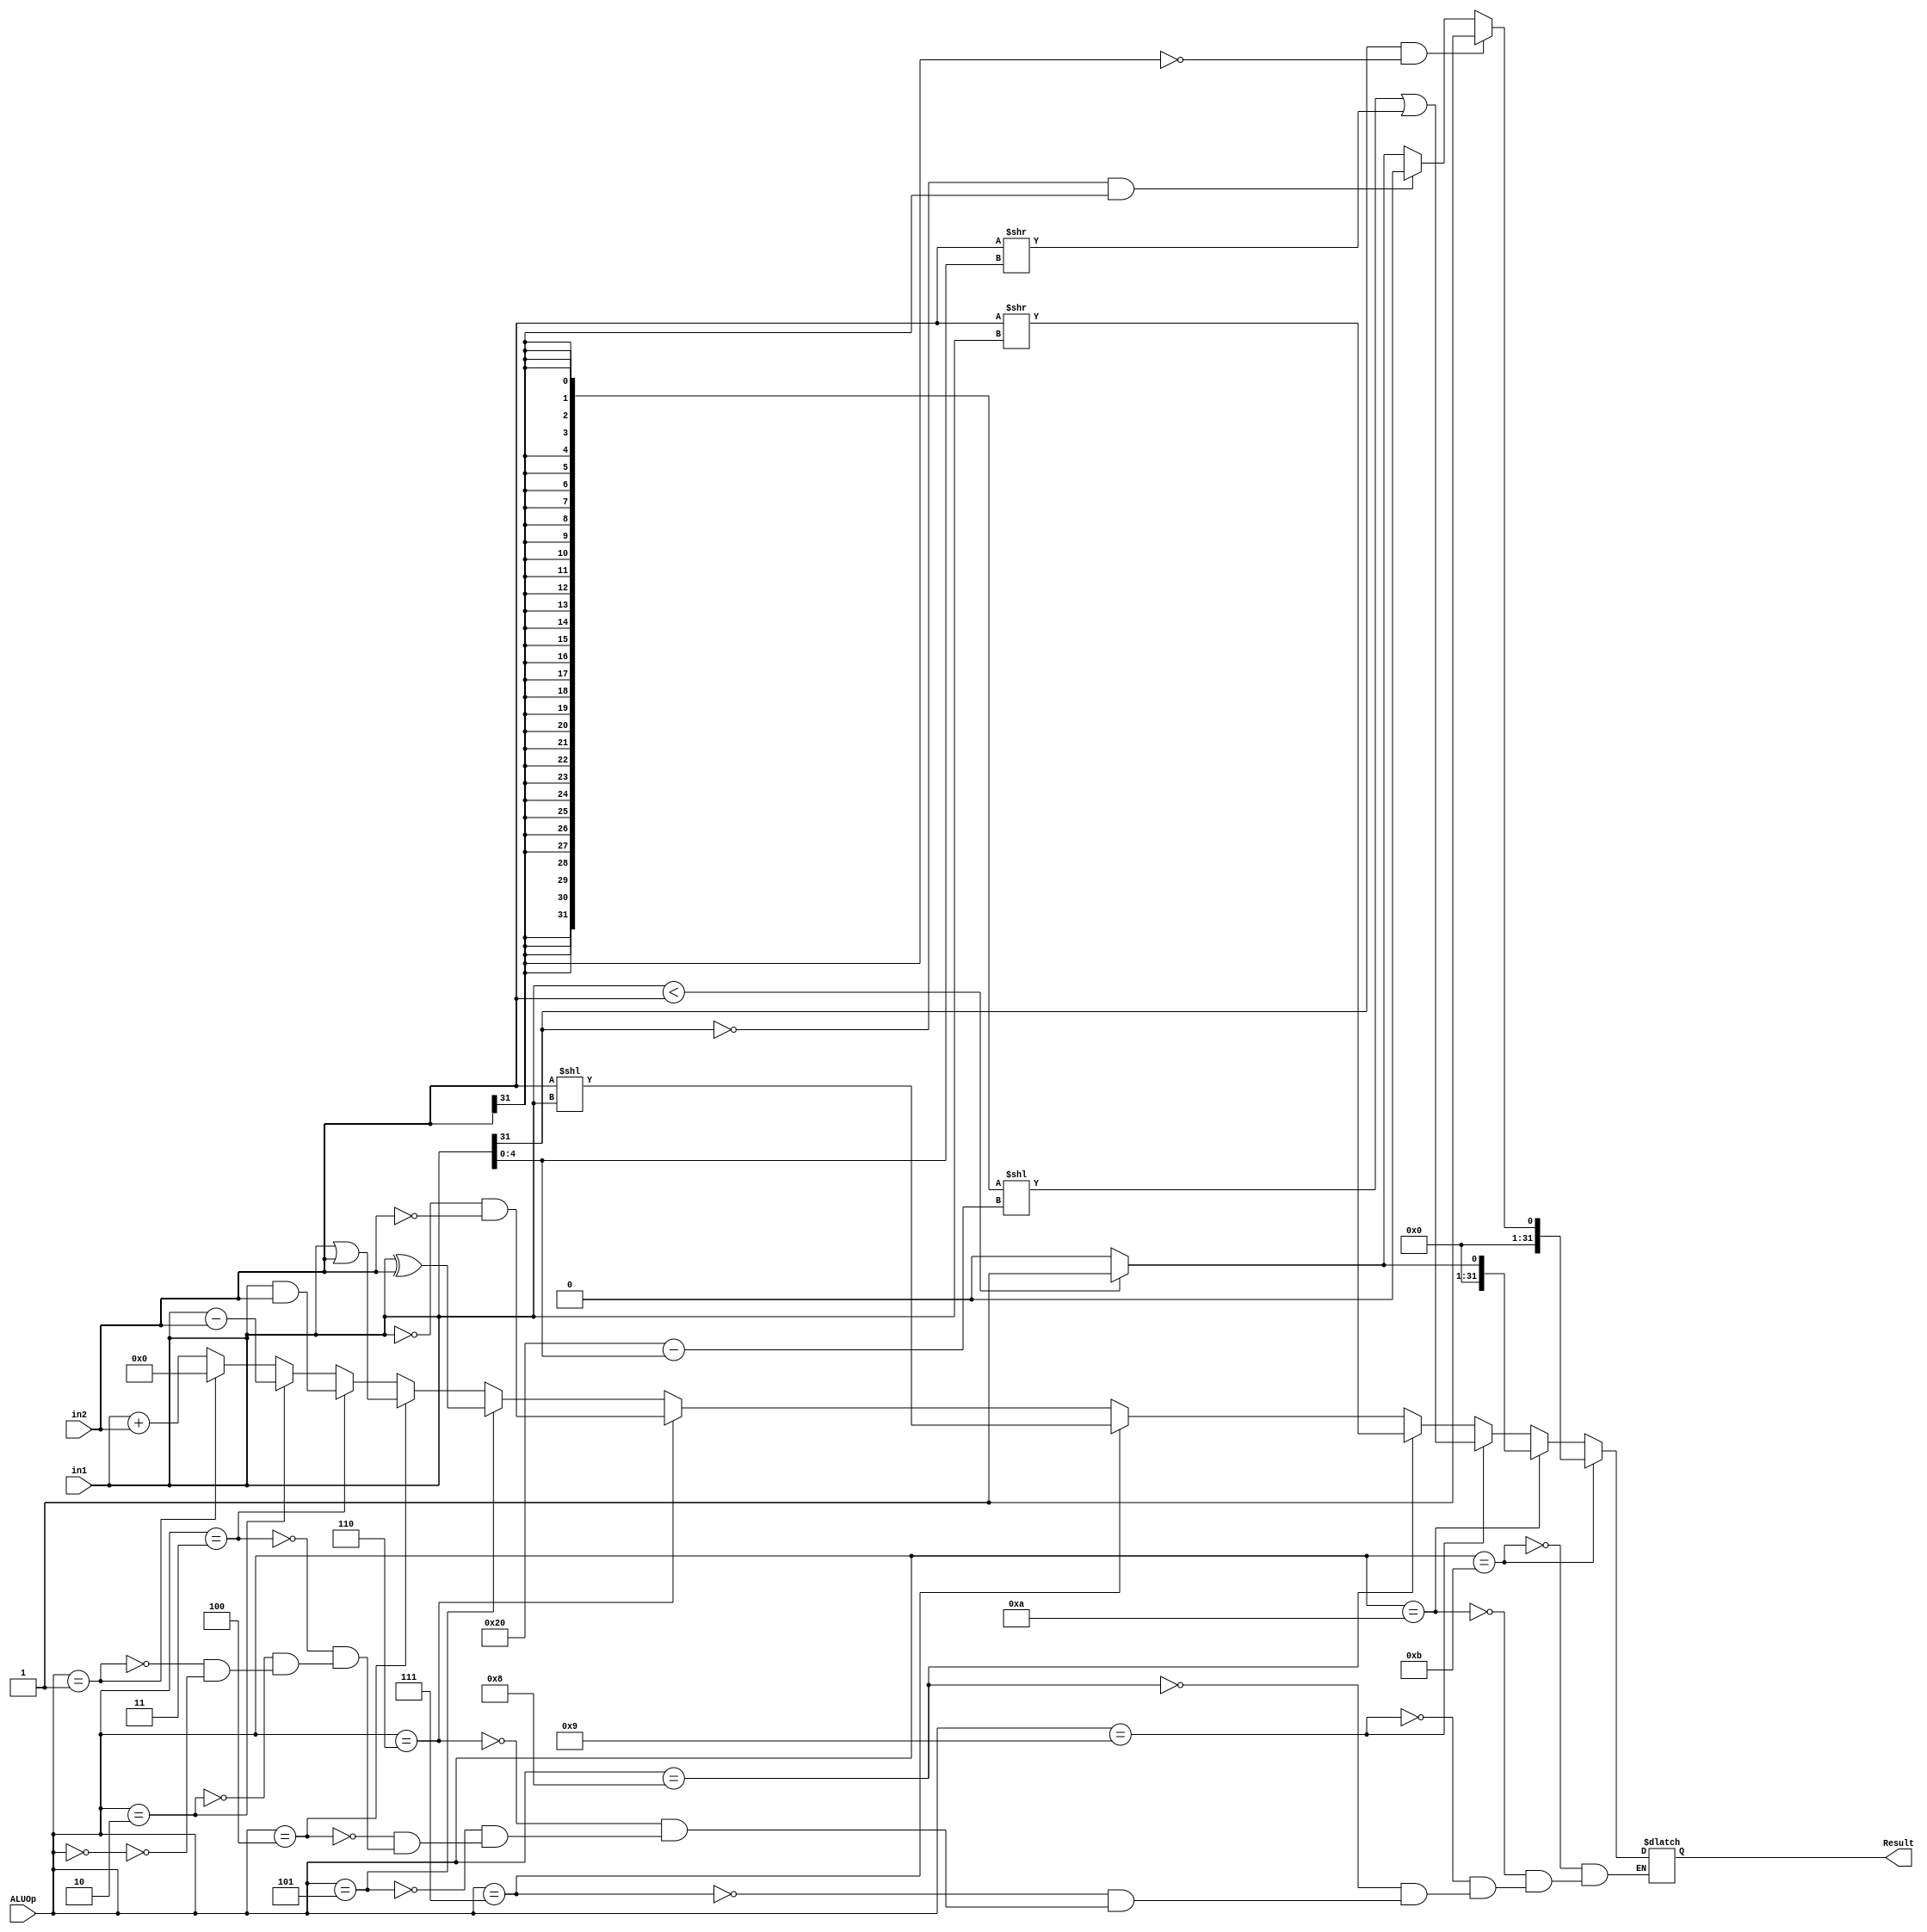
`timescale 1ns / 1ps
module ALU(ALUOp, in1, in2, Result);
    // Control Signals
    input [4:0] ALUOp;
   
    // Input Data Signals
    input [31:0] in1;
    input [31:0] in2;
    // Output 
    
    output reg [31:0] Result;
always@(*)
            begin
            if(ALUOp==5'b00000)begin  //
            Result<=in1+in2;
            end
            if(ALUOp==5'b00001)begin  //
            Result<=0;
            end
            if(ALUOp==5'b00010)begin  //
            Result<=in1-in2;
            end
            if(ALUOp==5'b00011)begin  //
            Result<=in1&in2;
            end
            if(ALUOp==5'b00100)begin  //
            Result<=in1|in2;
            end
            if(ALUOp==5'b00101)begin  //
            Result<=in1^in2;
            end
            if(ALUOp==5'b00110)begin  //
            Result<=(~in1)&(~in2);
            end
            if(ALUOp==5'b00111)begin  //
            Result<=in2<<in1;
            end
            if(ALUOp==5'b01000)begin //
            Result<=in2>>in1;
            end
            if(ALUOp==5'b01001)begin  //
            Result<=({32{in2[31]}}<<(6'd32-{1'b0,in1[4:0]})|(in2>>in1[4:0]));
            end
            if(ALUOp==5'b01010)begin  //
            Result<=(in1<in2)?1:0;  //ALU10
            end
            if(ALUOp==5'b01011)begin  //,10
            if(in1[31]==1&&in2[31]==0)
                Result<=1;
              else if(in1[31]==0&&in2[31]==1)
                Result<=0;
              else 
                Result<=(in1<in2)?1:0;
              
        
            end
      
            
            
            end

endmodule